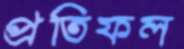
প্রতিফল